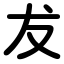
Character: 犮